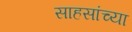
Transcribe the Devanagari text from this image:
साहसांच्या